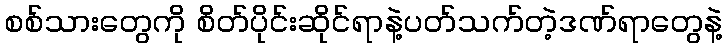
စစ်သားတွေကို စိတ်ပိုင်းဆိုင်ရာနဲ့ပတ်သက်တဲ့ဒဏ်ရာတွေနဲ့